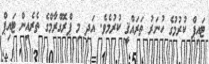
ޓައިޕް ކުރުމުގެ ހުނަރު ތަރައްޤީ ކުރުމެވެ. އަދި މި ޕްރޮގްރާމްގެ ތެރެއިން ޓައިޕް